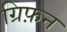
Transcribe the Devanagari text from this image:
ग्रिफ़न